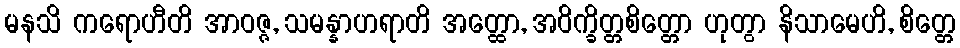
မနသိ ကရောဟီတိ အာဝဇ္ဇ, သမန္နာဟရာတိ အတ္ထော, အဝိက္ခိတ္တစိတ္တော ဟုတွာ နိသာမေဟိ, စိတ္တေ